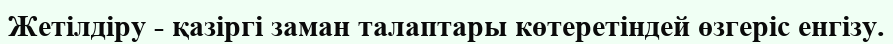
Жетілдіру - қазіргі заман талаптары көтеретіндей өзгеріс енгізу.